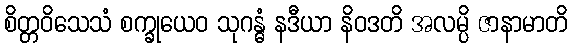
စိတ္တဝိသေသံ စက္ခုယေဝ သုဂန္ဓံ နဒီယာ နိဝဒတိ အလမ္ပိ ဇာနာမာတိ